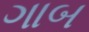
ગાબ